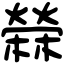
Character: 檾